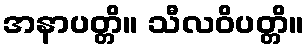
အနာပတ္တိ။ သီလဝိပတ္တိ။